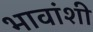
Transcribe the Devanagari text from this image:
भावांशी